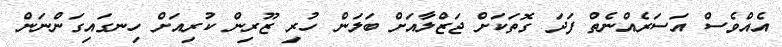
އެއްވެސް އަސަރެއްނެތް ފަދަ ގޮތަކަށް ޖަޒްލާއަށް ބަލަން ހުރި ޒޫރިން ކުރިއަށް ހިނގައިގަންނަން